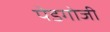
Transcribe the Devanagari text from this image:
पेडगोजी